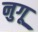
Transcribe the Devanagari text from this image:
नुगू